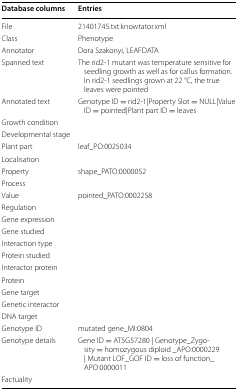
| Database columns | Entries |
 | --- | --- |
 | File | 21401745.txt.knowtator.xml |
 | Class | Phenotype |
 | Annotator | Dora Szakonyi, LEAFDATA |
 | Spanned text | The rid2-1 mutant was temperature sensitive for seedling growth as well as for callus formation. In rid2-1 seedlings grown at 22 °C, the true leaves were pointed |
 | Annotated text | Genotype ID = rid2-1|Property Slot = NULL|Value ID = pointed|Plant part ID = leaves |
 | Growth condition |  |
 | Developmental stage |  |
 | Plant part | leaf_PO:0025034 |
 | Localisation |  |
 | Property | shape_PATO:0000052 |
 | Process |  |
 | Value | pointed_PATO:0002258 |
 | Regulation |  |
 | Gene expression |  |
 | Gene studied |  |
 | Interaction type |  |
 | Protein studied |  |
 | Interactor protein |  |
 | Protein |  |
 | Gene target |  |
 | Genetic interactor |  |
 | DNA target |  |
 | Genotype ID | mutated gene_MI:0804 |
 | Genotype details | Gene ID = AT5G57280 | Genotype_Zygosity = homozygous diploid _APO:0000229 | Mutant LOF_GOF ID = loss of function_APO:0000011 |
 | Factuality |  |